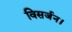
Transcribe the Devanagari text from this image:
विसर्जन।